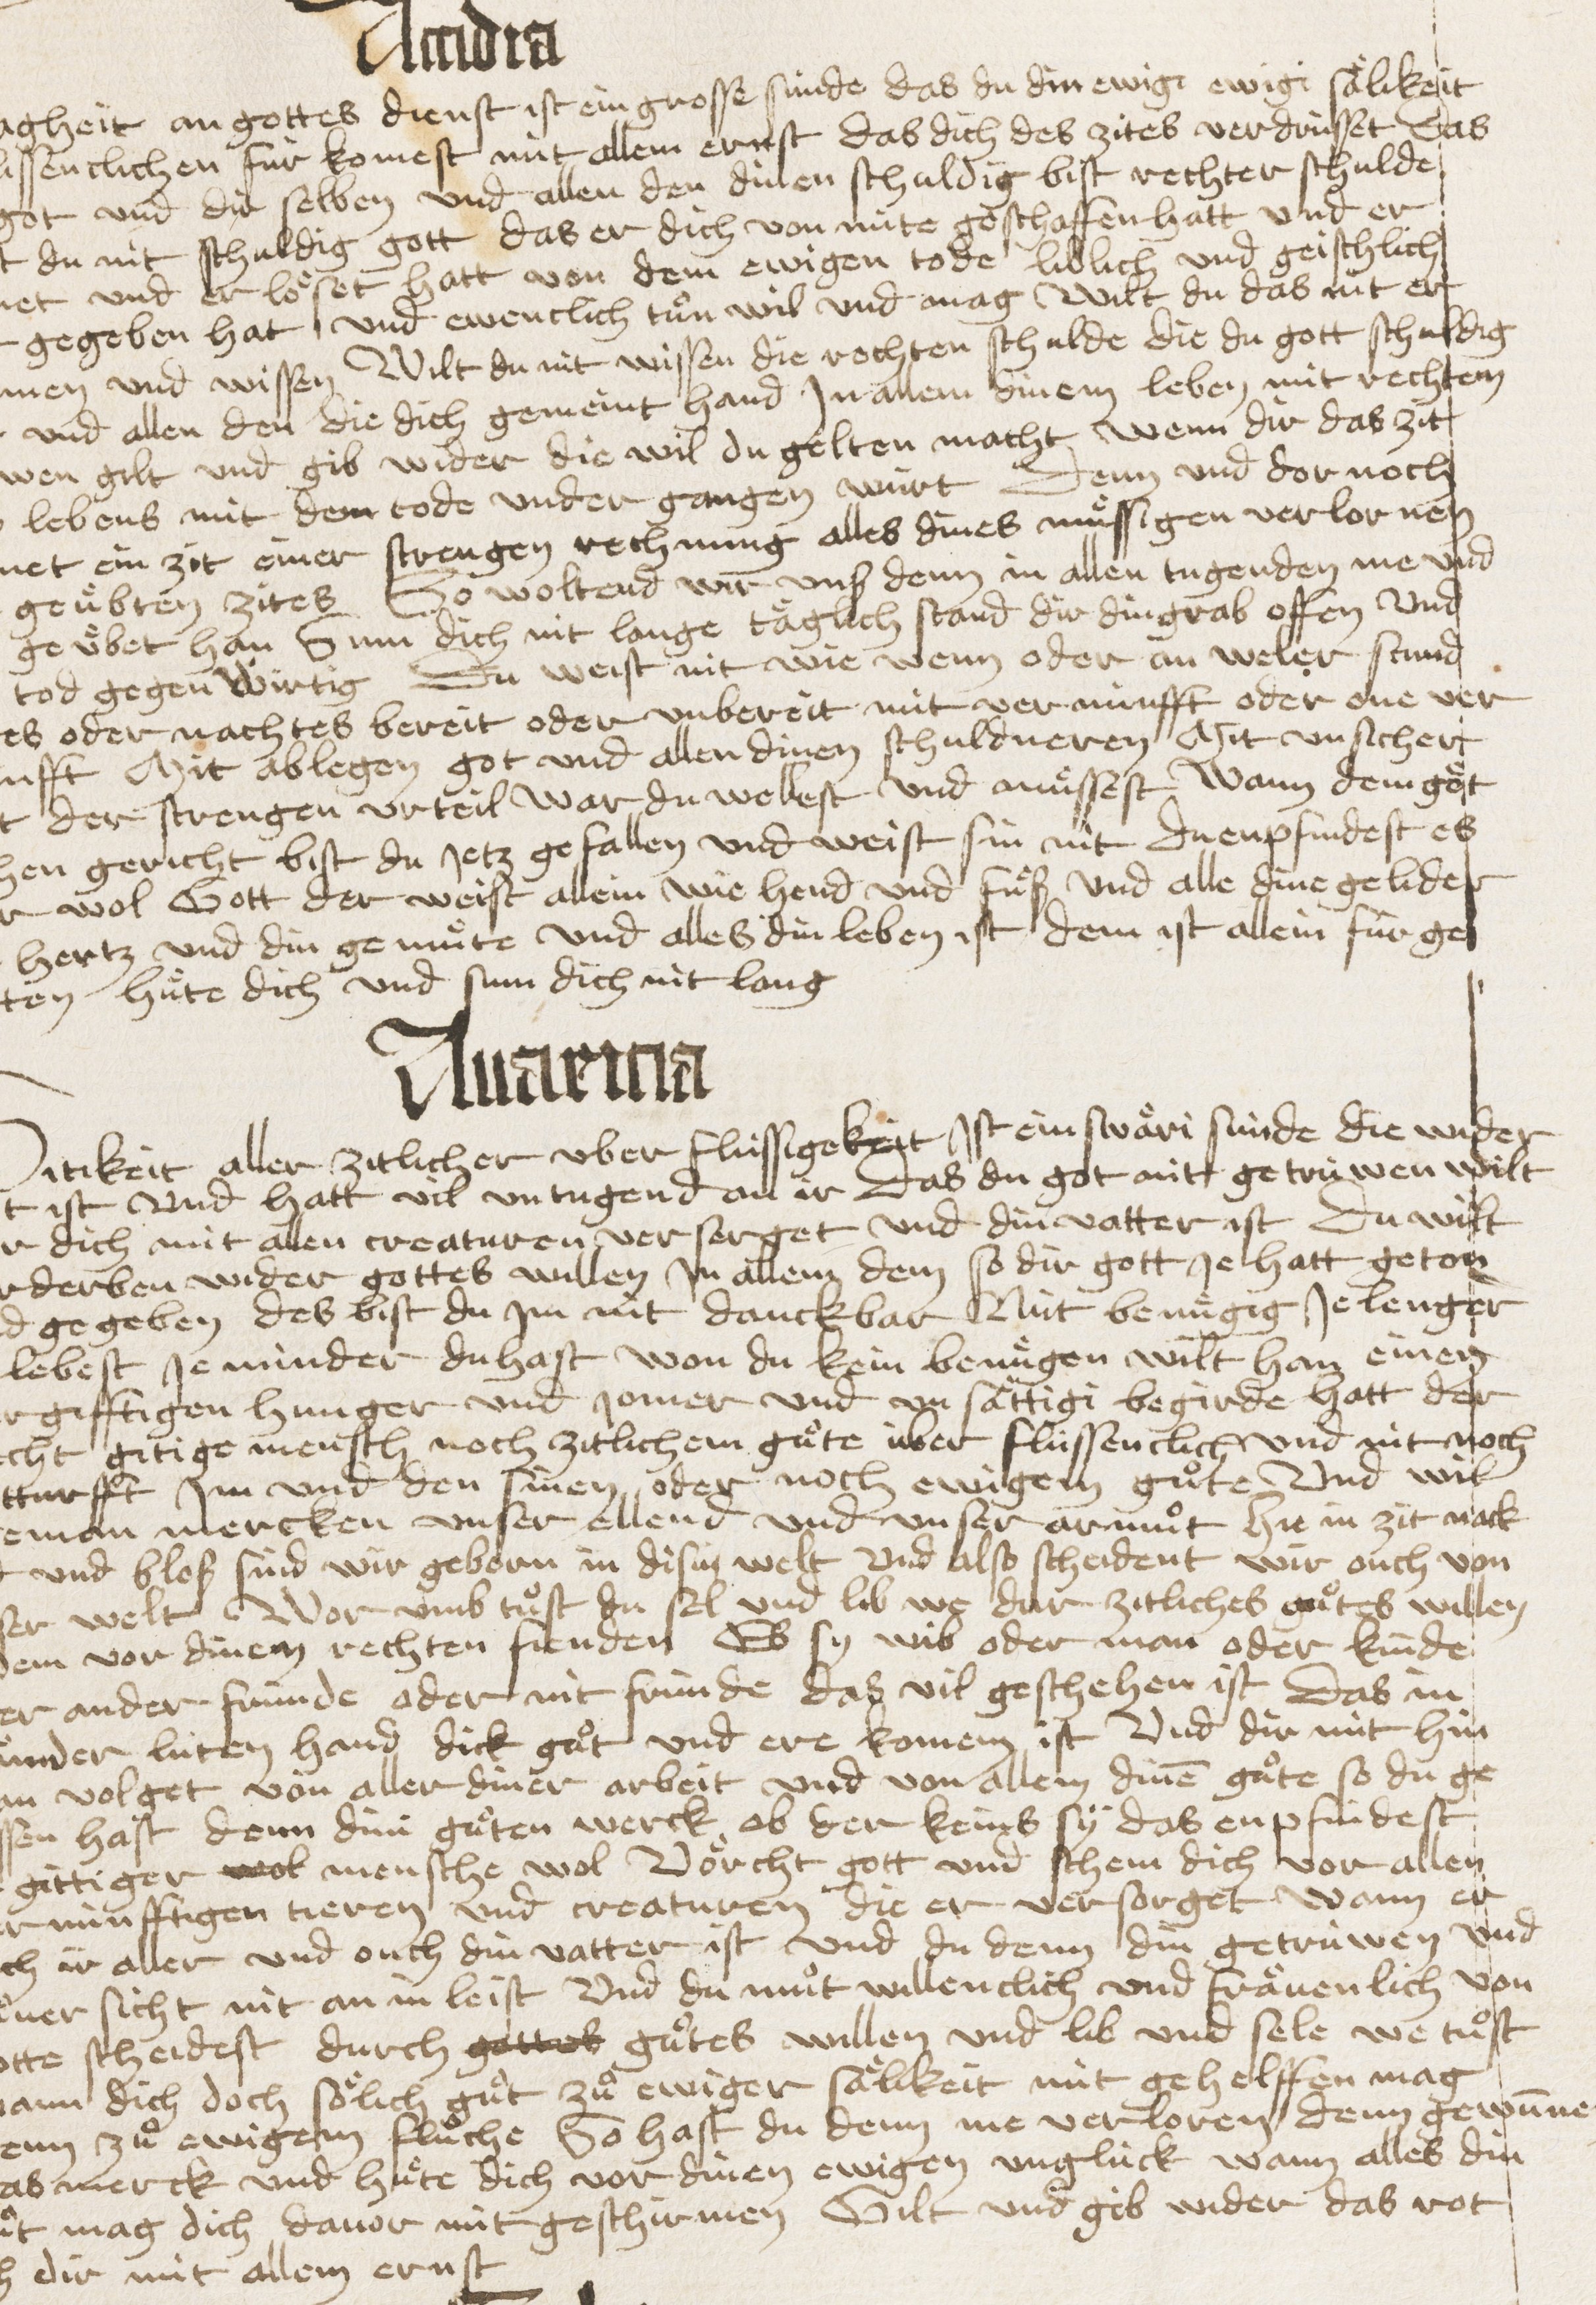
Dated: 1467–1467